Vaccination in Bombay 1856-1862 - 1856-1862
Year: 1856
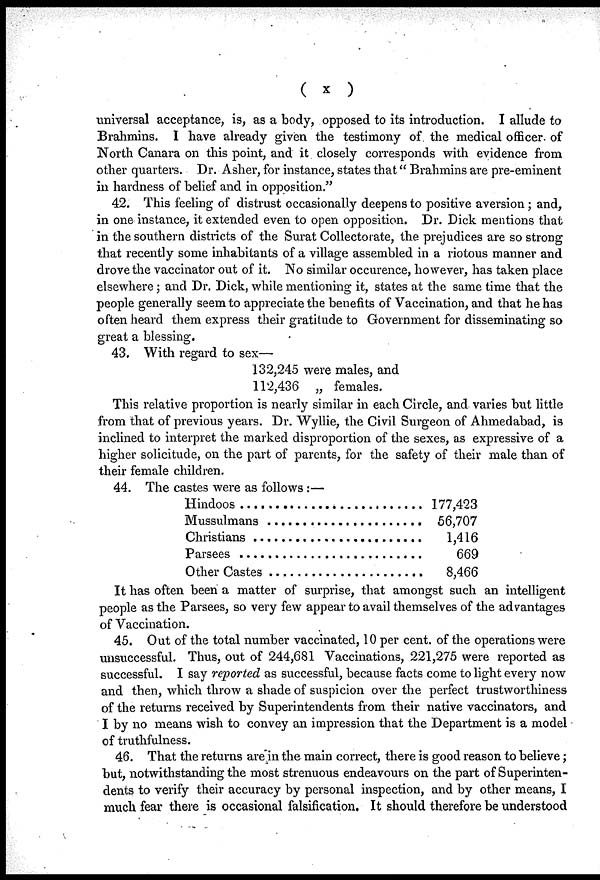
( x )
universal acceptance, is, as a body, opposed to its introduction. I allude to
Brahmins. I have already given the testimony of the medical officer of
North Canara on this point, and it closely corresponds with evidence from
other quarters. Dr. Asher, for instance, states that" Brahmins are pre-eminent
in hardness of belief and in opposition."
42. This feeling of distrust occasionally deepens to positive aversion; and,
in one instance, it extended even to open opposition. Dr. Dick mentions that
in the southern districts of the Surat Collectorate, the prejudices are so strong
that recently some inhabitants of a village assembled in a riotous manner and
drove the vaccinator out of it. No similar occurence, however, has taken place
elsewhere; and Dr. Dick, while mentioning it, states at the same time that the
people generally seem to appreciate the benefits of Vaccination, and that he has
often heard them express their gratitude to Government for disseminating so
great a blessing.
43. With regard to sex—
132,245 were males, and
112,436 „ females.
This relative proportion is nearly similar in each Circle, and varies but little
from that of previous years. Dr. Wyllie, the Civil Surgeon of Ahmedabad, is
inclined to interpret the marked disproportion of the sexes, as expressive of a
higher solicitude, on the part of parents, for the safety of their male than of
their female children.
44. The castes were as follows :—
Hindoos . . . . . . . . . . .
Mussulmans . . . . . . . . . . .
Christians . . . . . . . . . . .
Parsees . . . . . . . . . . .
Other Castes . . . . . . . . . . .
177,423
56,707
1,416
669
8,466
It has often been a matter of surprise, that amongst such an intelligent
people as the Parsees, so very few appear to avail themselves of the advantages
of Vaccination.
45. Out of the total number vaccinated, 10 per cent. of the operations were
unsuccessful. Thus, out of 244,681 Vaccinations, 221,275 were reported as
successful. I say reported as successful, because facts come to light every now
and then, which throw a shade of suspicion over the perfect trustworthiness
of the returns received by Superintendents from their native vaccinators, and
I by no means wish to convey an impression that the Department is a model
of truthfulness.
46. That the returns are in the main correct, there is good reason to believe;
but, notwithstanding the most strenuous endeavours on the part of Superinten-
dents to verify their accuracy by personal inspection, and by other means, I
much fear there is occasional falsification. It should therefore be understood